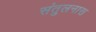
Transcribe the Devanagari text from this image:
संतुलनास